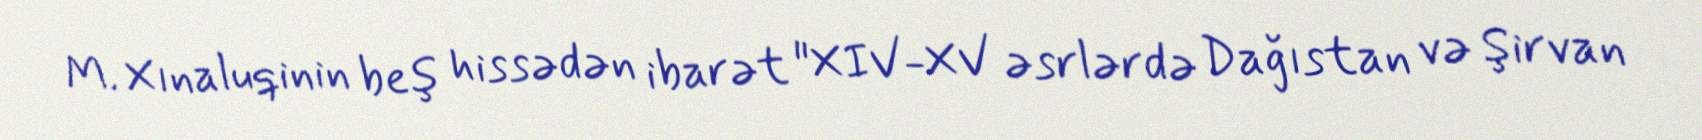
M. Xınaluqinin beş hissədən ibarət "XIV-XV əsrlərdə Dağıstan və Şirvan